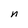
Character: n